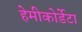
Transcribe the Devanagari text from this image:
हेमीकोर्डेटा